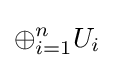
\oplus _{i=1}^{n}U_{i}